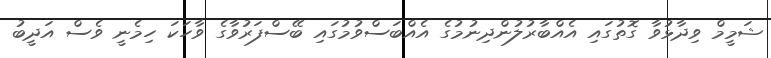
ޝަމީމް ވިދާޅުވާ ގޮތުގައި އެއްބާރުލުންދިނުމުގެ އެއްބަސްވުމުގައި ބޭސްފަރުވާގެ ވާހަކަ ހިމެނީ ވެސް އަދީބު